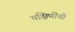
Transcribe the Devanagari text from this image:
यक्षिणींची